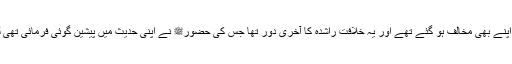
۴- حضرت علی رضی اللّٰہ عنہ آپ کا دور فتنوں سے بھر پور اور آزمائشوں کا دور تھا، غیر تو غیر اپنے بھی مخالف ہو گئے تھے اور یہ خلافت راشدہ کا آخری دور تھا جس کی حضورﷺ نے اپنی حدیث میں پیشین گوئی فرمائی تھی لیکن ان تمام فتنوں کے باوجود حضرت علی نے آخری دم تک خلافت کے کاروبار کو سنبھالے رکھا۔